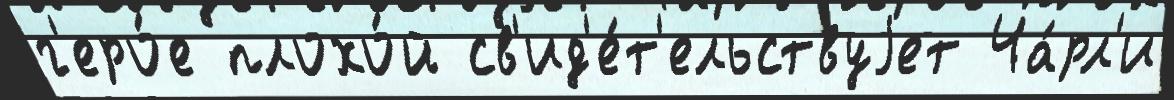
г'еро́е плохо́й св'ид'е́т'ельствуjет Ча́рл'и